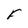
Character: F